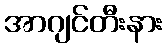
အာဂျင်တီးနား